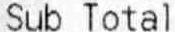
SUB TOTAL